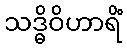
သဒ္ဓိဝိဟာရိံ